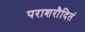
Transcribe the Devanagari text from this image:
पराशरौदितं